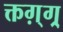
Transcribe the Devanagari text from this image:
क्तग़्ग्र्